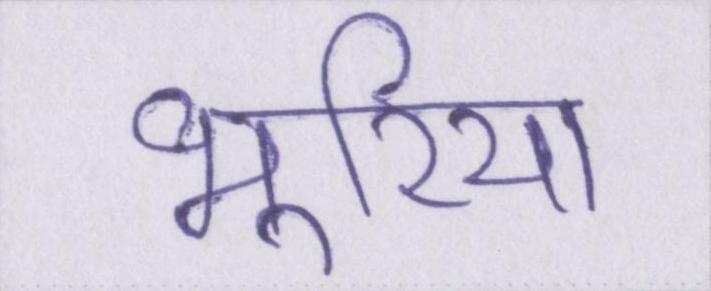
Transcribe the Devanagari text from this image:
भूरिया